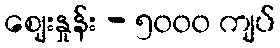
ဈေးနှုန်း - ၅၀၀၀ ကျပ်